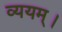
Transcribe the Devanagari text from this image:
व्ययम्।